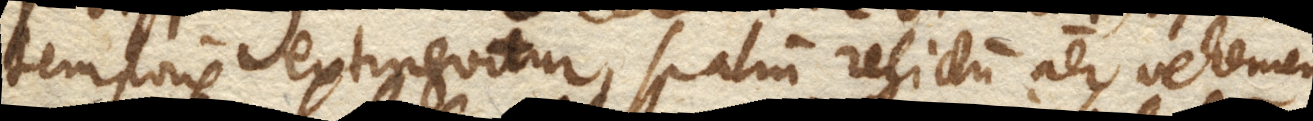
temporis extinguitur, spatium relictum aer vehemen–